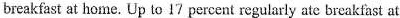
breakfast at home.Up to 17 percent regularly ate breakfast at